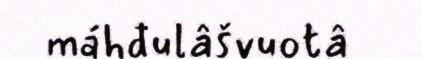
máhđulâšvuotâ